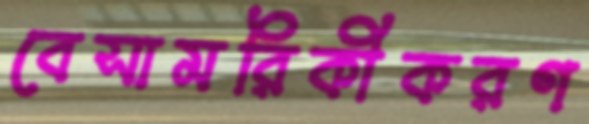
বেসামরিকীকরণ